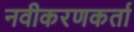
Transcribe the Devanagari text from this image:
नवीकरणकर्ता